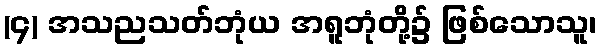
(၄) အသညသတ်ဘုံယ အရူဘုံတို့၌ ဖြစ်သောသူ၊